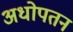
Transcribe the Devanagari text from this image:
अधोपतन